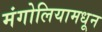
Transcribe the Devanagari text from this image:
मंगोलियामधून